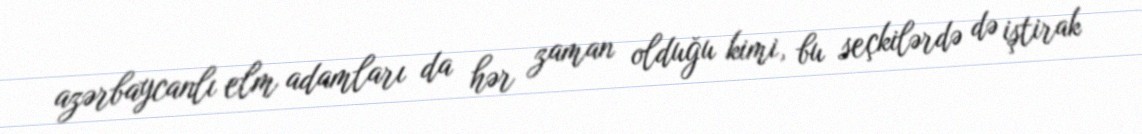
azərbaycanlı elm adamları da hər zaman olduğu kimi, bu seçkilərdə də iştirak